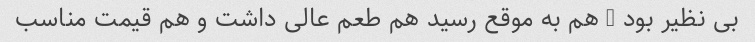
بی نظیر بود … هم به موقع رسید هم طعم عالی داشت و هم قیمت مناسب